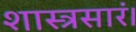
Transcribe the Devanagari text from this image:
शास्त्रसारं।